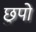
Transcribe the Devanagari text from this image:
छुपो